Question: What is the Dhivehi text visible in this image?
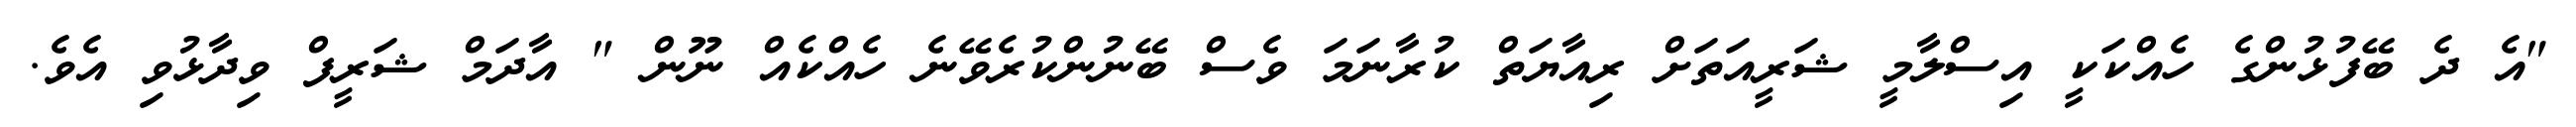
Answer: "އެ ދެ ބޭފުޅުންގެ ހެއްކަކީ އިސްލާމީ ޝަރީއަތަށް ރިއާޔަތް ކުރާނަމަ ވެސް ބޭނުންކުރެވޭނެ ހެއްކެއް ނޫން " އާދަމް ޝަރީފް ވިދާޅުވި އެވެ.